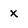
Character: x